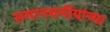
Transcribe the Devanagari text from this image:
समानधर्मीयांच्या